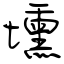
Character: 壎